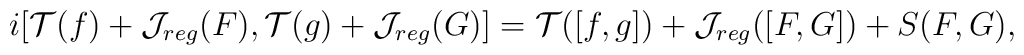
i[{\cal T}(f)+{\cal J}_{reg}(F),{\cal T}(g)+{\cal J}_{reg}(G)]={\cal T}([f,g])+{\cal J}_{reg}([F,G])+S(F,G),